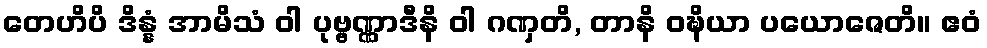
တေဟိပိ ဒိန္နံ အာမိသံ ဝါ ပုဗ္ဗဏ္ဏာဒီနိ ဝါ ဂဏှတိ, တာနိ ဝဍ္ဎိယာ ပယောဇေတိ။ ဧဝံ